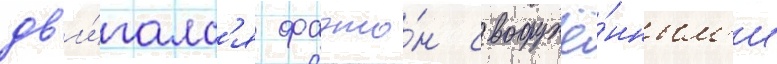
дв'и́галс'я фаэто́н с вооружё́нным'и